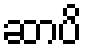
ဆာပိ